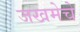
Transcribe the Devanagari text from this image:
जखमेचे